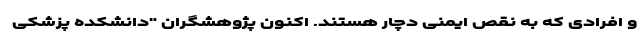
و افرادی که به نقص ایمنی دچار هستند. اکنون پژوهشگران "دانشکده پزشکی